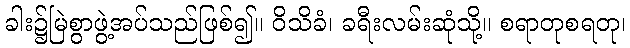
ခါး၌မြဲစွာဖွဲ့အပ်သည်ဖြစ်၍။ ဝိသိခံ၊ ခရီးလမ်းဆုံသို့။ စရာတုစရတု၊